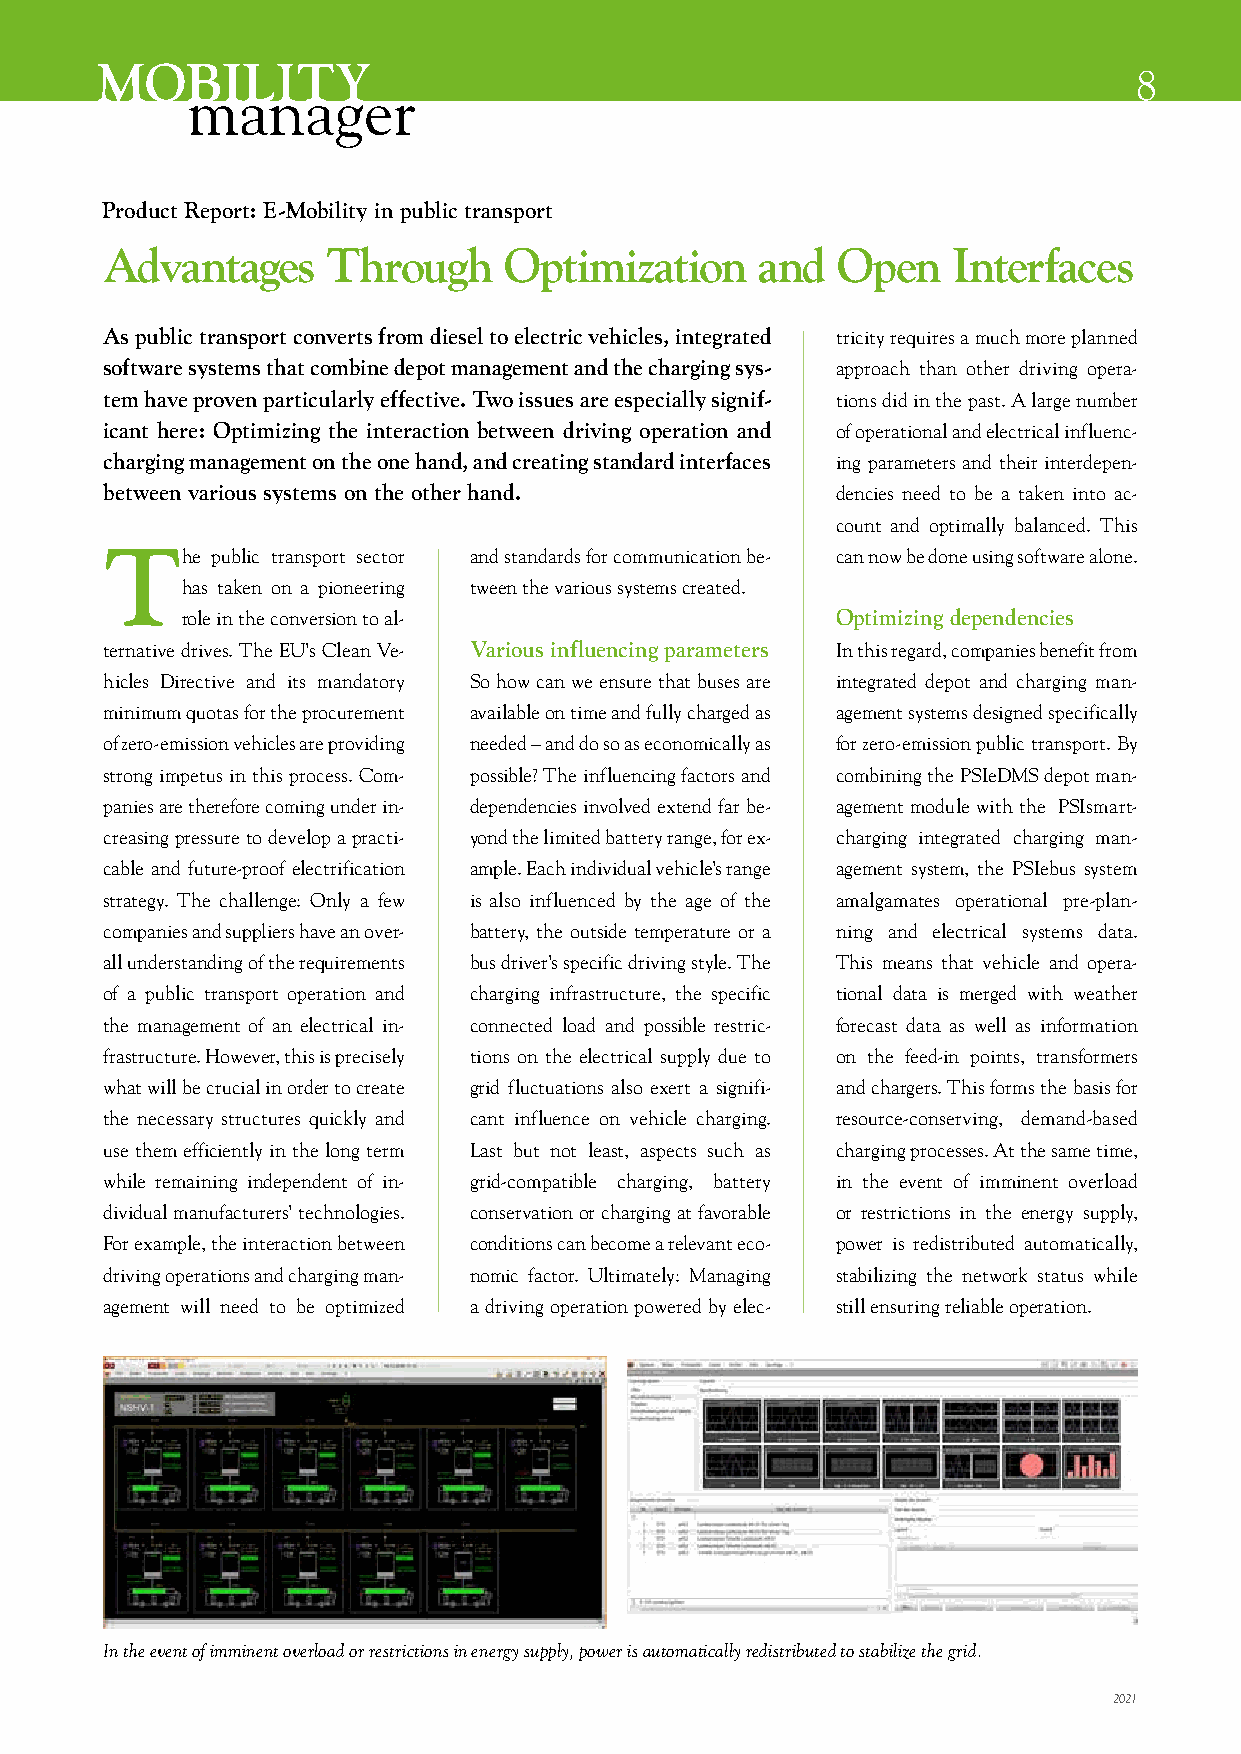
MOBILITY
 8
 manager
 Product Report: E-Mobility in public transport
 Advantages     Through    Optimization     and  Open    Interfaces
 As public transport converts from diesel to electric vehicles, integrated tricity requires a much more planned
 software systems that combine depot management and the charging sys- approach than other driving opera-
 tem have proven particularly effective. Two issues are especially signif- tions did in the past. A large number
 icant here: Optimizing the interaction between driving operation and of operational and electrical influenc-
 charging management on the one hand, and creating standard interfaces ing parameters and their interdepen-
 between various systems on the other hand.      dencies need to be a taken into ac-
 count and optimally balanced. This
 The    public transport sector and standards for communication be- can now be done using software alone.
 has taken on a pioneering tween the various systems created.
 role in the conversion to al-              Optimizing dependencies
 ternative drives. The EU’s Clean Ve- Various influencing parameters In this regard, companies benefit from
 hicles Directive and its mandatory So how can we ensure that buses are integrated depot and charging man-
 minimum quotas for the procurement available on time and fully charged as agement systems designed specifically
 of zero-emission vehicles are providing needed – and do so as economically as for zero-emission public transport. By
 strong impetus in this process. Com- possible? The influencing factors and combining the PSIeDMS depot man-
 panies are therefore coming under in- dependencies involved extend far be- agement module with the PSIsmart-
 creasing pressure to develop a practi- yond the limited battery range, for ex- charging integrated charging man-
 cable and future-proof electrification ample. Each individual vehicle’s range agement system, the PSIebus system
 strategy. The challenge: Only a few is also influenced by the age of the amalgamates operational pre-plan-
 companies and suppliers have an over- battery, the outside temperature or a ning and electrical systems data.
 all understanding of the requirements bus driver’s specific driving style. The This means that vehicle and opera-
 of a public transport operation and charging infrastructure, the specific tional data is merged with weather
 the management of an electrical in- connected load and possible restric- forecast data as well as information
 frastructure. However, this is precisely tions on the electrical supply due to on the feed-in points, transformers
 what will be crucial in order to create grid fluctuations also exert a signifi- and chargers. This forms the basis for
 the necessary structures quickly and cant influence on vehicle charging. resource-conserving, demand-based
 use them efficiently in the long term Last but not least, aspects such as charging processes. At the same time,
 while remaining independent of in- grid-compatible charging, battery in the event of imminent overload
 dividual manufacturers’ technologies. conservation or charging at favorable or restrictions in the energy supply,
 For example, the interaction between conditions can become a relevant eco- power is redistributed automatically,
 driving operations and charging man- nomic factor. Ultimately: Managing stabilizing the network status while
 agement will need to be optimized a driving operation powered by elec- still ensuring reliable operation.
 In the event of imminent overload or restrictions in energy supply, power is automatically redistributed to stabilize the grid.
 2021